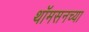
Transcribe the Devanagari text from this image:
थॉमसनच्या